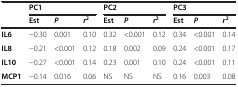
<table><thead><tr><td>[EMPTY_CELL]</td><td colspan="3"><b>PC1</b></td><td colspan="3"><b>PC2</b></td><td colspan="3"><b>PC3</b></td></tr><tr><td>[EMPTY_CELL]</td><td><b>Est</b></td><td><b><i>P</i></b></td><td><b><i>r</i><sup>2</sup></b></td><td><b>Est</b></td><td><b><i>P</i></b></td><td><b><i>r</i><sup>2</sup></b></td><td><b>Est</b></td><td><b><i>P</i></b></td><td><b><i>r</i><sup>2</sup></b></td></tr></thead><tbody><tr><td><b>IL6</b></td><td>-0.30</td><td>0.001</td><td>0.10</td><td>0.32</td><td>&lt;0.001</td><td>0.12</td><td>0.34</td><td>&lt;0.001</td><td>0.14</td></tr><tr><td><b>IL8</b></td><td>-0.21</td><td>&lt;0.001</td><td>0.12</td><td>0.18</td><td>0.002</td><td>0.09</td><td>0.24</td><td>&lt;0.001</td><td>0.17</td></tr><tr><td><b>IL10</b></td><td>-0.27</td><td>&lt;0.001</td><td>0.14</td><td>0.23</td><td>0.001</td><td>0.10</td><td>0.24</td><td>&lt;0.001</td><td>0.11</td></tr><tr><td><b>MCP1</b></td><td>-0.14</td><td>0.016</td><td>0.06</td><td>NS</td><td>NS</td><td>NS</td><td>0.16</td><td>0.003</td><td>0.08</td></tr></tbody></table>